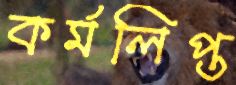
কর্মলিপ্ত